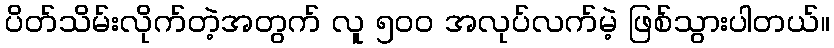
ပိတ်သိမ်းလိုက်တဲ့အတွက် လူ ၅၀၀ အလုပ်လက်မဲ့ ဖြစ်သွားပါတယ်။